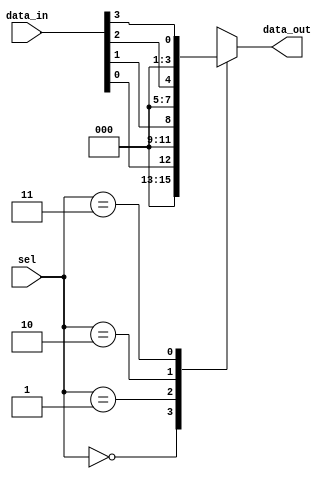
module parameterized_mux #(
    parameter N = 4 // Default number of inputs
) (
    input  wire [N-1:0] data_in,  // N input data lines
    input  wire [$clog2(N)-1:0] sel, // log2(N)-bit wide selection signal
    output reg  [N-1:0] data_out    // Single output line
);

// Behavioral modeling of the MUX
always @(*) begin
    case (sel)
        // Select the corresponding data input
        0: data_out = data_in[0];
        1: data_out = data_in[1];
        2: data_out = data_in[2];
        3: data_out = data_in[3];
        // Add more cases here for larger N
        default: data_out = {N{1'b0}}; // Default output for invalid selection
    endcase
end

endmodule